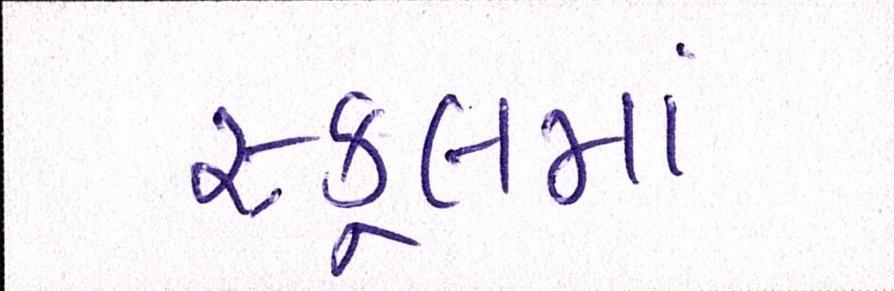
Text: સ્કૂલમાં